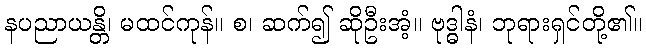
နပညာယန္တိ၊ မထင်ကုန်။ စ၊ ဆက်၍ ဆိုဦးအံ့။ ဗုဒ္ဓါနံ၊ ဘုရားရှင်တို့၏။